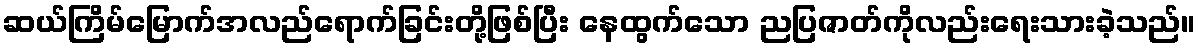
ဆယ်ကြိမ်မြောက်အလည်ရောက်ခြင်းတို့ဖြစ်ပြီး နေထွက်သော ညပြဇာတ်ကိုလည်းရေးသားခဲ့သည်။